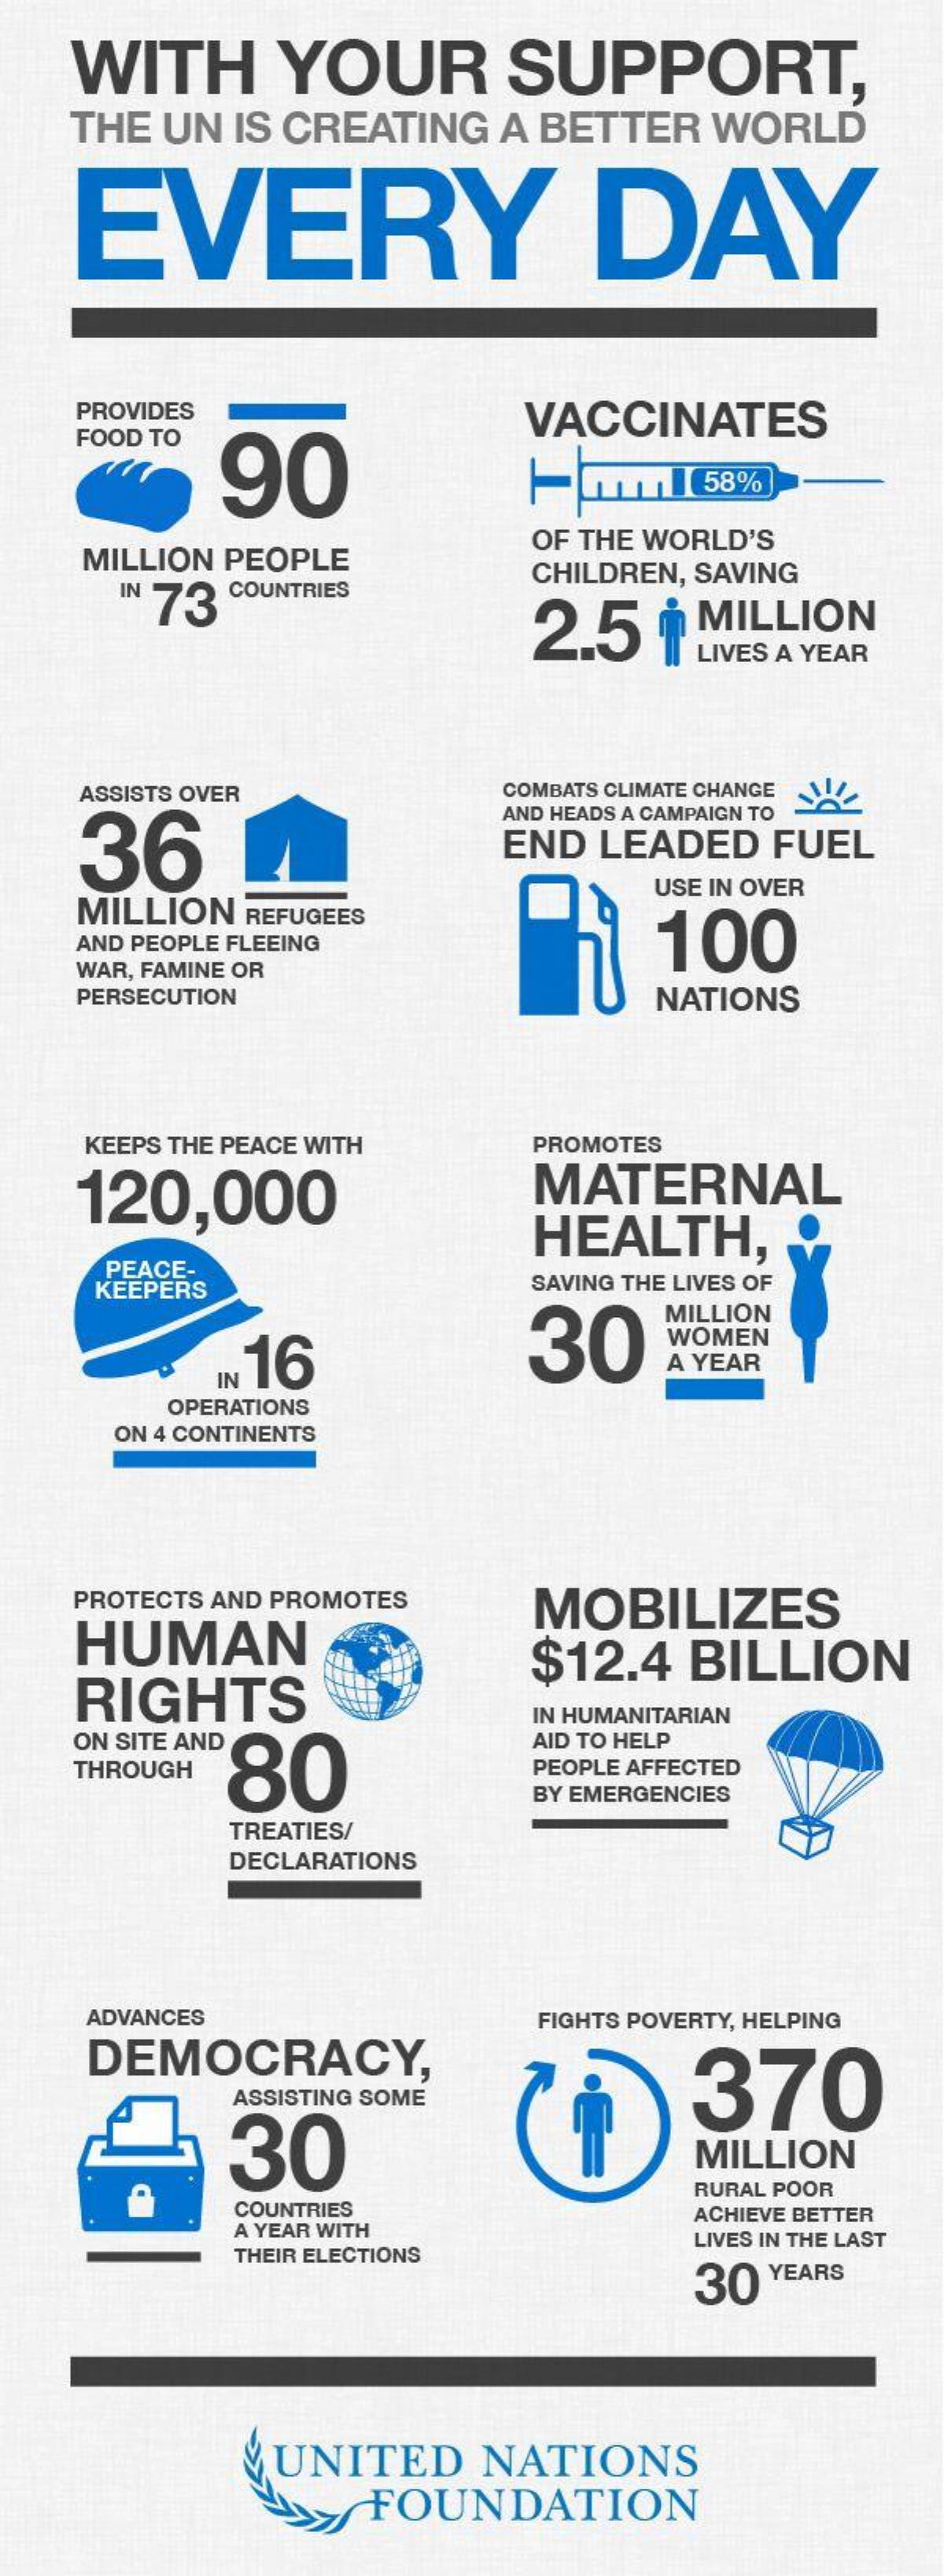
WITH    YOUR    SUPPORT,
    THE UN IS CREATING A BETTER WORLD
    EVERY    DAY
    PROVIDES    VACCINATES
    FOOD TO
     90    [58%
    MILLION PEOPLE
     OF THE WORLD'S
     IN 73 COUNTRIES
     CHILDREN, SAVING
     2.5  $ MILLION
     LIVES A YEAR
    ASSISTS OVER    COMBATS CLIMATE CHANGE
    36
     AND HEADS A CAMPAIGN TO
     END LEADED  FUEL
    MILLION REFUGEES
     USE IN OVER
    AND PEOPLE FLEEING    100
    WAR, FAMINE OR
    PERSECUTION    NATIONS
    KEEPS THE PEACE WITH PROMOTES
    120,000    MATERNAL
     HEALTH,
     PEACE-
     KEEPERS    SAVING THE LIVES OF
     30
     MILLION
     IN 16
     WOMEN
     A YEAR
     OPERATIONS
     ON 4 CONTINENTS
    PROTECTS AND PROMOTES
    HUMAN
     MOBILIZES
    RIGHTS
     $12.4  BILLION
    ON SITE AND
     IN HUMANITARIAN
     80
     AID TO HELP
    THROUGH    PEOPLE AFFECTED
     BY EMERGENCIES
     TREATIES/
     DECLARATIONS
    ADVANCES    FIGHTS POVERTY, HELPING
    DEMOCRACY,
     ASSISTING SOME
     30
     370
     MILLION
     COUNTRIES
     RURAL POOR
     A YEAR WITH
     ACHIEVE BETTER
     THEIR ELECTIONS
     LIVES IN THE LAST
     30  YEARS
     UNITED    NATIONS
     FOUNDATION